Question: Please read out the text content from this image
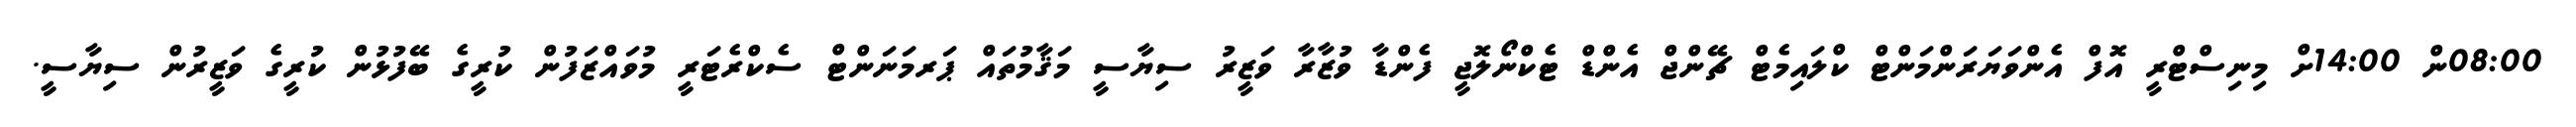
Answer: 08:00ން 14:00ށް މިނިސްޓްރީ އޮފް އެންވަޔަރަންމަންޓް ކްލައިމެޓް ޗޭންޖް އެންޑް ޓެކްނޯލޮޖީ ފެންޑާ ވުޒާރާ ވަޒީރު ސިޔާސީ މަޤާމުތައް ޕަރމަނަންޓް ސެކްރެޓަރީ މުވައްޒަފުން ކުރީގެ ބޭފުޅުން ކުރީގެ ވަޒީރުން ސިޔާސީ.